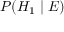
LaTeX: P ( H _ { 1 } \mid E )